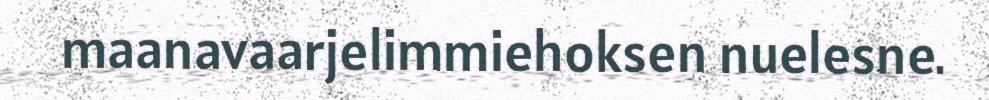
maanavaarjelimmiehoksen nuelesne.